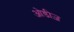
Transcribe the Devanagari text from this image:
ओडीज़